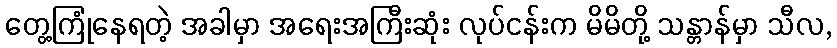
တွေ့ကြုံနေရတဲ့ အခါမှာ အရေးအကြီးဆုံး လုပ်ငန်းက မိမိတို့ သန္တာန်မှာ သီလ,